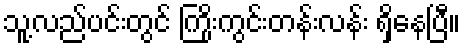
သူ့လည်ပင်းတွင် ကြိုးကွင်းတန်းလန်း ရှိနေပြီ။